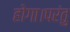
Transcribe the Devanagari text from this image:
होगा।परंतु